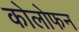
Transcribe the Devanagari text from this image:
कोलोफन